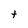
Character: t